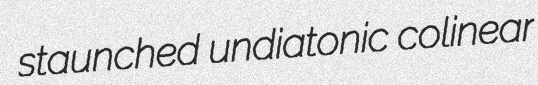
staunched undiatonic colinear